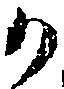
か